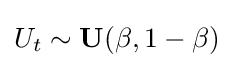
U_{t}\sim {\textbf {U}}(\beta ,1-\beta )